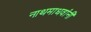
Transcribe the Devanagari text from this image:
नाथमाधवांनी